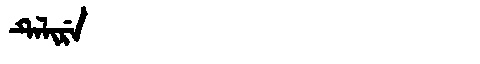
Manchu: ᡨᡝᠯᡳᡵᡝ
Romanization: TELIRE